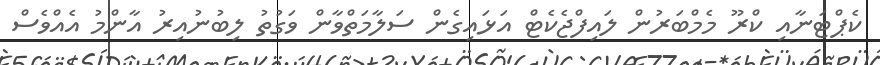
ކެޕްޓަނާއި ކްރޫ މެމްބަރުން ލައިފްޖެކެޓް އަޅައިގެން ސަލާމަތްވާން ވަގުތު ލިބުނުއިރު އާންމު އެއްވެސް